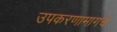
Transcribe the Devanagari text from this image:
उपकरणामागचे